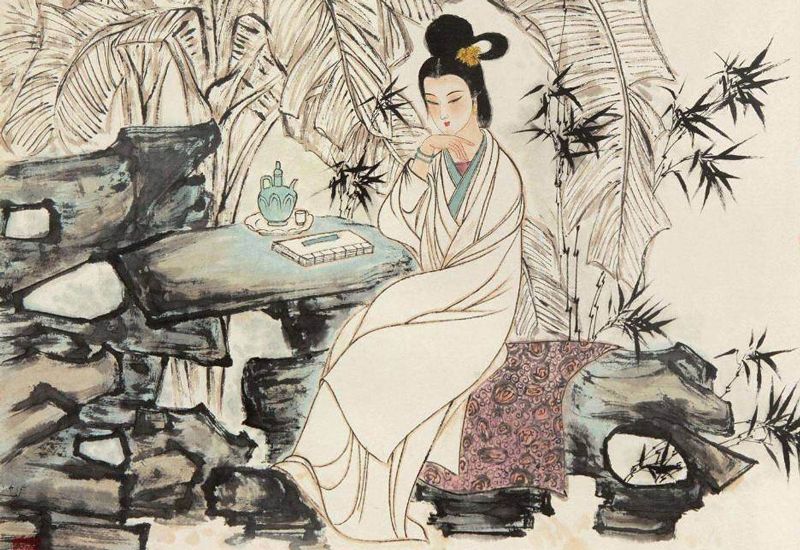
思君若汶水，浩荡寄南征。